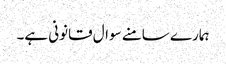
ہمارے سامنے سوال قانونی ہے۔